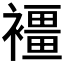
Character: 𧝿